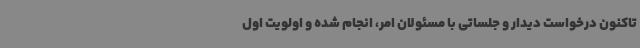
تاکنون درخواست دیدار و جلساتی با مسئولان امر، انجام شده و اولویت اول